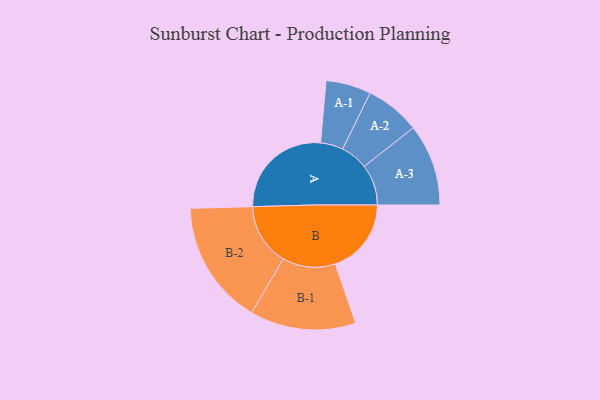
{"axis": {"x": "Segment", "y": "Value"}, "legend": ["", "A", "B"], "data": [{"x": "A", "y": 471, "type": ""}, {"x": "B", "y": 346, "type": ""}, {"x": "A-1", "y": 103, "type": "A"}, {"x": "A-2", "y": 125, "type": "A"}, {"x": "A-3", "y": 186, "type": "A"}, {"x": "B-1", "y": 241, "type": "B"}, {"x": "B-2", "y": 283, "type": "B"}]}